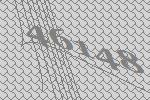
46148